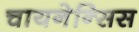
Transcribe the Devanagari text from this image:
चायनेन्सिस